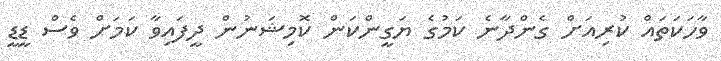
ވާހަކަތައް ކުރިއަށް ގެންދާނެ ކަމުގެ ޔަގީންކަން ކޮމިޝަނުން ދީފައިވާ ކަމަށް ވެސް ޑީޑީ